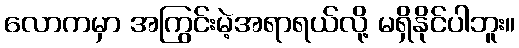
လောကမှာ အကြွင်းမဲ့အရာရယ်လို့ မရှိနိုင်ပါဘူး။